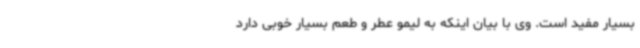
بسیار مفید است. وی با بیان اینکه به لیمو عطر و طعم بسیار خوبی دارد